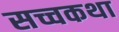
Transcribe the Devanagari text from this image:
सच्चकथा